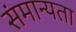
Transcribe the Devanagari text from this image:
संमान्यता